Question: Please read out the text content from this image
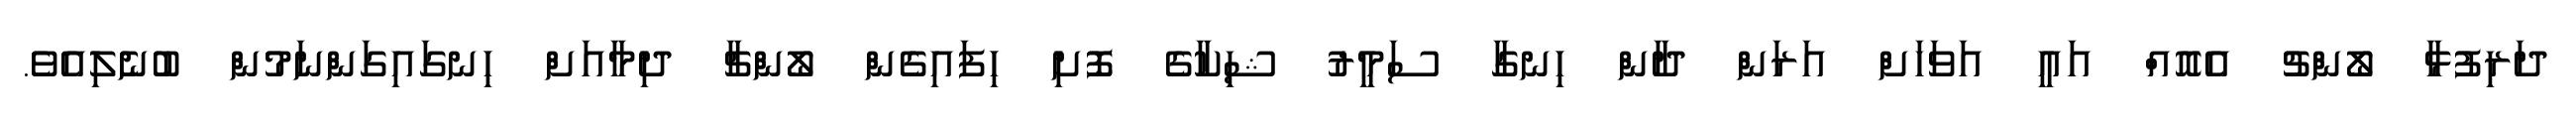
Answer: ދަރިފުޅާ ލޯންޗު އެއޮއް އައީ އަވަހަށް އަރަން ދާން ހިނގާ ސަމީރު ޝިކާގެ ފޮށި ހިފައިގެން ލޯންޗާ ދިމާއަށް ހިނގައިގަންނަމުން ބުނެލިއެވެ.